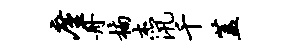
廑舟楠杰汛千盖